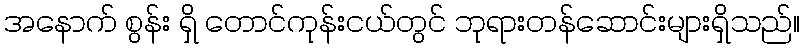
အနောက် စွန်း ရှိ တောင်ကုန်းငယ်တွင် ဘုရားတန်ဆောင်းများရှိသည်။